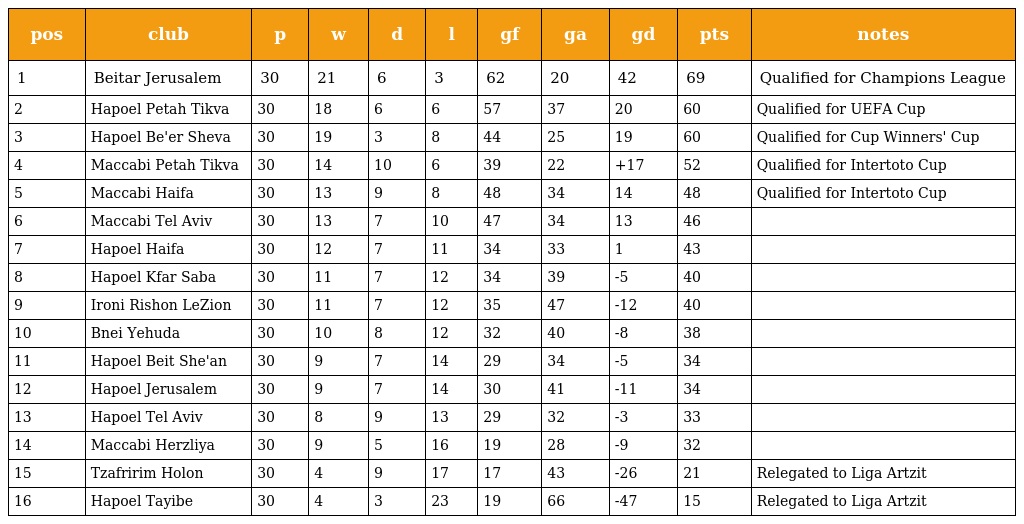
| pos | club | p | w | d | l | gf | ga | gd | pts | notes |
 | --- | --- | --- | --- | --- | --- | --- | --- | --- | --- | --- |
 | 1 | Beitar Jerusalem | 30 | 21 | 6 | 3 | 62 | 20 | 42 | 69 | Qualified for Champions League |
 | 2 | Hapoel Petah Tikva | 30 | 18 | 6 | 6 | 57 | 37 | 20 | 60 | Qualified for UEFA Cup |
 | 3 | Hapoel Be'er Sheva | 30 | 19 | 3 | 8 | 44 | 25 | 19 | 60 | Qualified for Cup Winners' Cup |
 | 4 | Maccabi Petah Tikva | 30 | 14 | 10 | 6 | 39 | 22 | +17 | 52 | Qualified for Intertoto Cup |
 | 5 | Maccabi Haifa | 30 | 13 | 9 | 8 | 48 | 34 | 14 | 48 | Qualified for Intertoto Cup |
 | 6 | Maccabi Tel Aviv | 30 | 13 | 7 | 10 | 47 | 34 | 13 | 46 |  |
 | 7 | Hapoel Haifa | 30 | 12 | 7 | 11 | 34 | 33 | 1 | 43 |  |
 | 8 | Hapoel Kfar Saba | 30 | 11 | 7 | 12 | 34 | 39 | -5 | 40 |  |
 | 9 | Ironi Rishon LeZion | 30 | 11 | 7 | 12 | 35 | 47 | -12 | 40 |  |
 | 10 | Bnei Yehuda | 30 | 10 | 8 | 12 | 32 | 40 | -8 | 38 |  |
 | 11 | Hapoel Beit She'an | 30 | 9 | 7 | 14 | 29 | 34 | -5 | 34 |  |
 | 12 | Hapoel Jerusalem | 30 | 9 | 7 | 14 | 30 | 41 | -11 | 34 |  |
 | 13 | Hapoel Tel Aviv | 30 | 8 | 9 | 13 | 29 | 32 | -3 | 33 |  |
 | 14 | Maccabi Herzliya | 30 | 9 | 5 | 16 | 19 | 28 | -9 | 32 |  |
 | 15 | Tzafririm Holon | 30 | 4 | 9 | 17 | 17 | 43 | -26 | 21 | Relegated to Liga Artzit |
 | 16 | Hapoel Tayibe | 30 | 4 | 3 | 23 | 19 | 66 | -47 | 15 | Relegated to Liga Artzit |